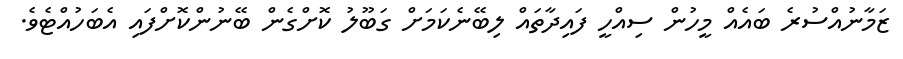
ޒަމާނުއްސުރެ ބައެއް މީހުން ސިއްހީ ފައިދާތައް ލިބޭނެކަމަށް ގަބޫލު ކޮށްގެން ބޭނުންކޮށްފައި އެބަހުއްޓެވެ.